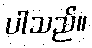
ပါသည်။